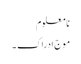
نا معلوم
موجِ ادراک ۔